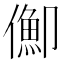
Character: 𠏣